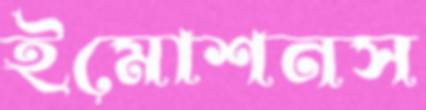
ইমোশনস